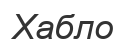
Хабло